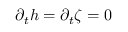
\partial _ { t } h = \partial _ { t } \zeta = 0